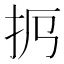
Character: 𢪜